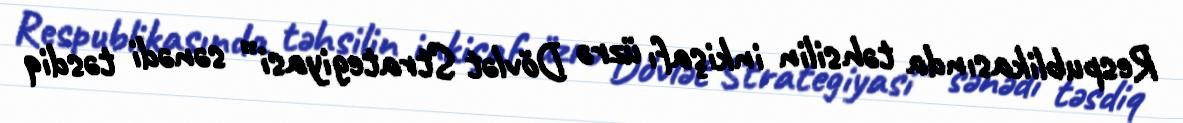
Respublikasında təhsilin inkişafı üzrə Dövlət Strategiyasi” sənədi təsdiq